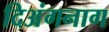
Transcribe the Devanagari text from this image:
दिअंगनाग